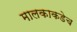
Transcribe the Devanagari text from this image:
मालकाकडेच